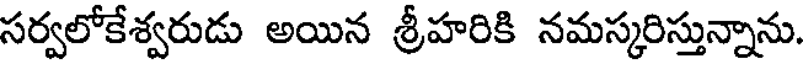
సర్వలోకేశ్వరుడు అయిన శ్రీహరికి నమస్కరిస్తున్నాను.